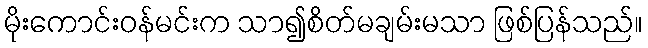
မိုးကောင်းဝန်မင်းက သာ၍စိတ်မချမ်းမသာ ဖြစ်ပြန်သည်။